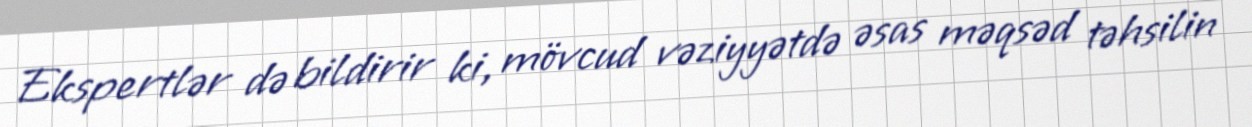
Ekspertlər də bildirir ki, mövcud vəziyyətdə əsas məqsəd təhsilin